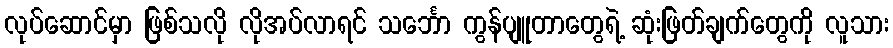
လုပ်ဆောင်မှာ ဖြစ်သလို လိုအပ်လာရင် သင်္ဘော ကွန်ပျူတာတွေရဲ့ ဆုံးဖြတ်ချက်တွေကို လူသား